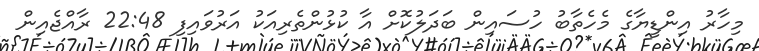
މިހާރު އިންޑީޔާގެ މެހެތާބު ހުސައިން ބަދަލުކޮށް އާ ކުޅުންތެރިއަކު އަރުވައިފި 22:48 ރާއްޖެއިން